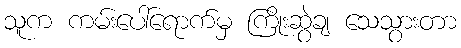
သူက ကမ်းပေါ်ရောက်မှ ကြိုးဆွဲချ သေသွားတာ